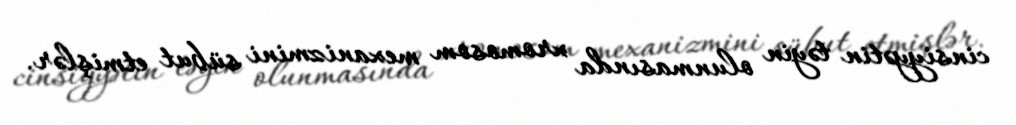
cinsiyyətin təyin olunmasında xromosom mexanizmini sübut etmişlər.